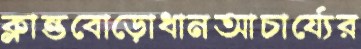
ক্লান্তবোড়োধানআচার্য্যের